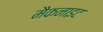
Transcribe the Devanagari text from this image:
मैकनाइट